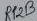
Text: RP2B